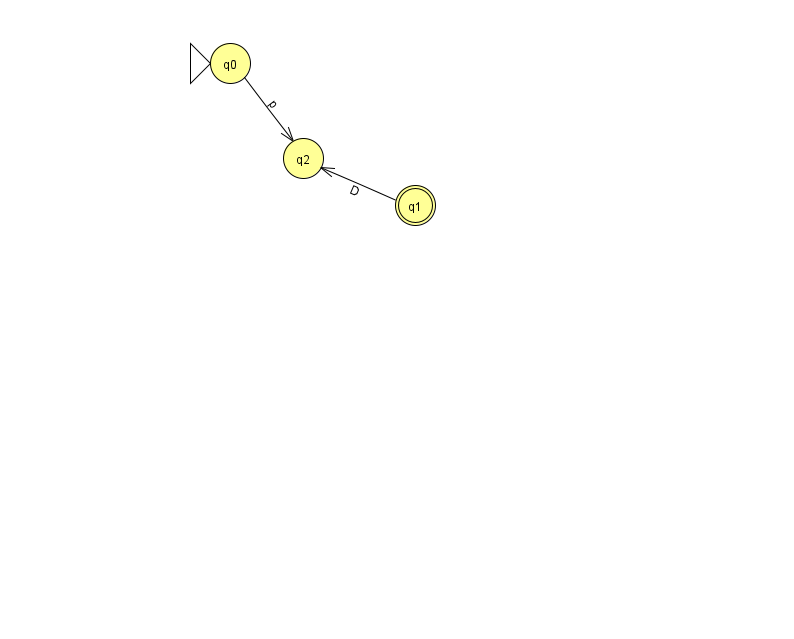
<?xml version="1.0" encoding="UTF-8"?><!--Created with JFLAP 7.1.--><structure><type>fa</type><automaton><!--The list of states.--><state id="0" name="q0"><x>230.0</x><y>50.0</y><initial/></state><state id="1" name="q1"><x>415.0</x><y>192.0</y><final/></state><state id="2" name="q2"><x>303.0</x><y>145.0</y></state><!--The list of transitions.--><transition><from>1</from><to>2</to><read>D</read></transition><transition><from>0</from><to>2</to><read>p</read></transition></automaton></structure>